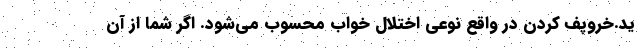
ید.خروپف کردن در واقع نوعی اختلال خواب محسوب می‌شود. اگر شما از آن